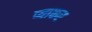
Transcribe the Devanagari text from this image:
प्याकर